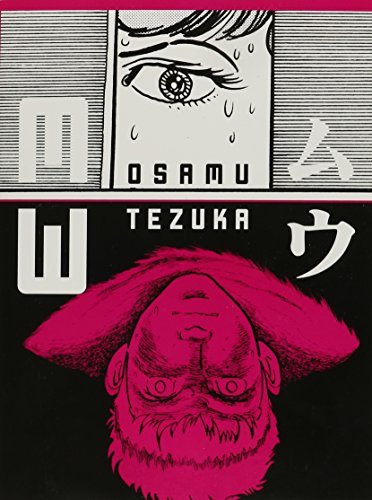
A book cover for MW; Osamu Tezuka; Comics & Graphic Novels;